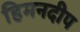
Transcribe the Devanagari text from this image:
हिमनदीप